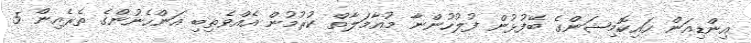
އިންޑިއަން ހައިކޮމިޝަންގެ ބޭފުޅުން ފުލުހުންނާ މުއާމަލާތް ކުރުމުން އެއްވެތިބި އަންހެނުންގެ ތެރެއިން 5